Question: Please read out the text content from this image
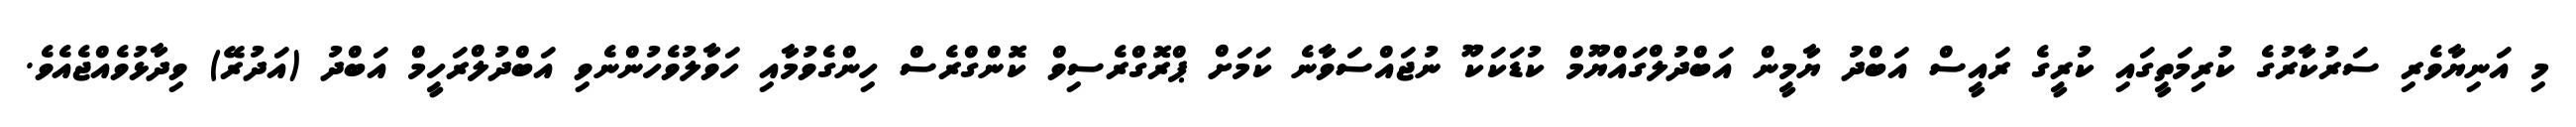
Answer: މި އަނިޔާވެރި ސަރުކާރުގެ ކުރިމަތީގައި ކުރީގެ ރައީސް އަބްދު ޔާމީން އަބްދުލްގައްޔޫމް ކުޑަކަކޫ ނުޖައްސަވާނެ ކަމަށް ޕްރޮގްރެސިވް ކޮންގްރެސް ހިންގެވުމާއި ހަވާލުވެހުންނެވި އަބްދުލްރަހީމް އަބްދު (އަދުރޭ) ވިދާޅުވެއްޖެއެވެ.